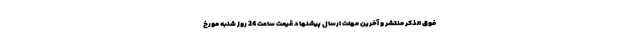
فوق الذکر منتشر و آخرین مهلت ارسال پیشنهاد قیمت ساعت 24 روز شنبه مورخ